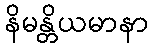
နိမန္တိယမာနာ